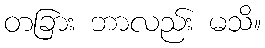
တခြား ဘာလည်း မသိ။